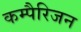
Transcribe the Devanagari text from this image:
कम्पैरिजन